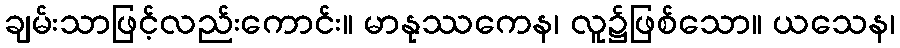
ချမ်းသာဖြင့်လည်းကောင်း။ မာနုဿကေန၊ လူ၌ဖြစ်သော။ ယသေန၊